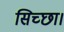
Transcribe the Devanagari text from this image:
सिच्‍छा।